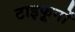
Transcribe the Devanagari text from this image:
टाइफूनों